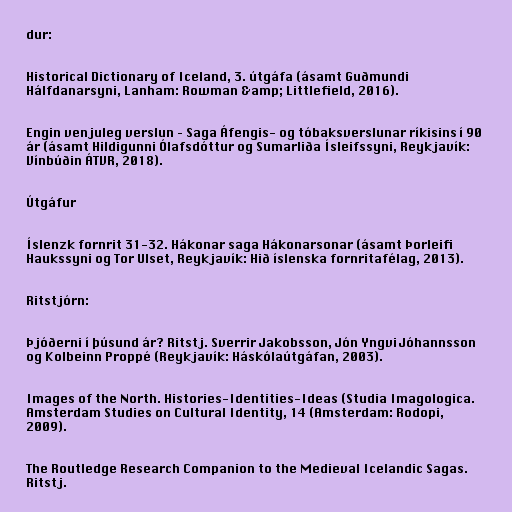
dur:

Historical Dictionary of Iceland, 3. útgáfa (ásamt Guðmundi
Hálfdanarsyni, Lanham: Rowman &amp; Littlefield, 2016).

Engin venjuleg verslun – Saga Áfengis- og tóbaksverslunar ríkisins í 90
ár (ásamt Hildigunni Ólafsdóttur og Sumarliða Ísleifssyni, Reykjavík:
Vínbúðin ÁTVR, 2018).

Útgáfur

Íslenzk fornrit 31-32. Hákonar saga Hákonarsonar (ásamt Þorleifi
Haukssyni og Tor Ulset, Reykjavík: Hið íslenska fornritafélag, 2013).

Ritstjórn:

Þjóðerni í þúsund ár? Ritstj. Sverrir Jakobsson, Jón Yngvi Jóhannsson
og Kolbeinn Proppé (Reykjavík: Háskólaútgáfan, 2003).

Images of the North. Histories-Identities-Ideas (Studia Imagologica.
Amsterdam Studies on Cultural Identity, 14 (Amsterdam: Rodopi,
2009).

The Routledge Research Companion to the Medieval Icelandic Sagas.
Ritstj.